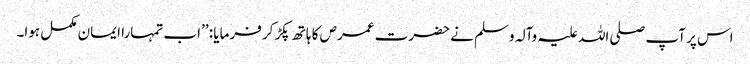
اس پر آپ صلی اللہ علیہ وآلہ وسلم نے حضرت عمرص کا ہاتھ پکڑ کر فرمایا : ’’اب تمہارا ایمان مکمل ہوا۔